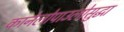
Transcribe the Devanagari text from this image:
कानेलोपाउलोसुद्धा